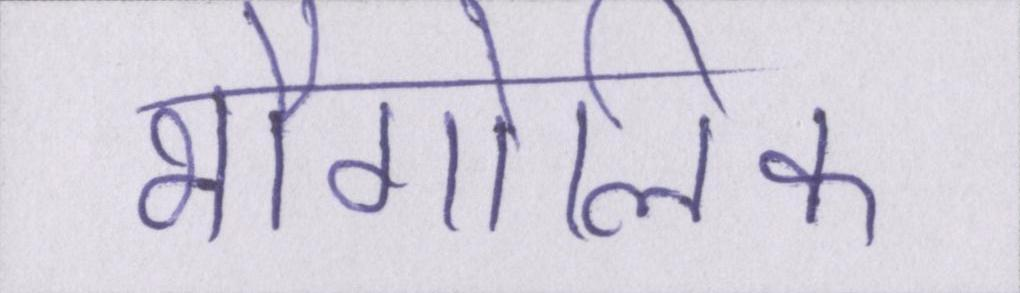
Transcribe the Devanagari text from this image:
भौगोलिक